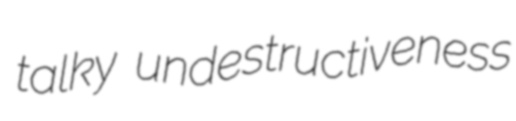
talky undestructiveness